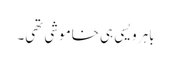
باہر ویسی ہی خاموشی تھی۔